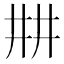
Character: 㐩